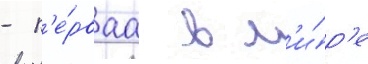
- п'е́рваа в м'и́р'е